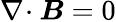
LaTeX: \nabla\! \cdot\boldsymbol{B}=0